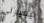
بيفيرلي